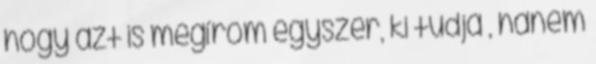
hogy azt is megírom egyszer, ki tudja , hanem